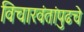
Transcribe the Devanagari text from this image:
विचारवंतांपुढचे